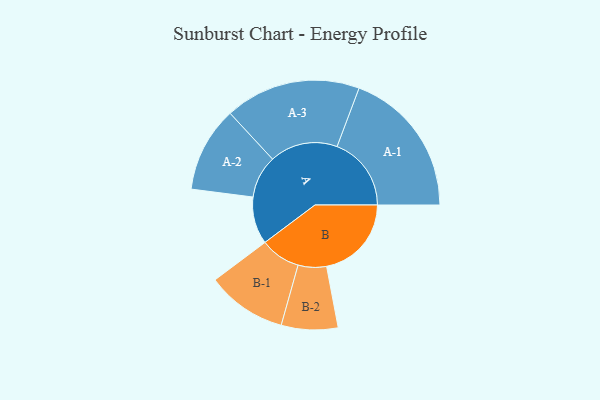
{"axis": {"x": "Segment", "y": "Value"}, "legend": ["", "A", "B"], "data": [{"x": "A", "y": 187, "type": ""}, {"x": "B", "y": 336, "type": ""}, {"x": "A-1", "y": 294, "type": "A"}, {"x": "A-2", "y": 169, "type": "A"}, {"x": "A-3", "y": 269, "type": "A"}, {"x": "B-1", "y": 159, "type": "B"}, {"x": "B-2", "y": 112, "type": "B"}]}